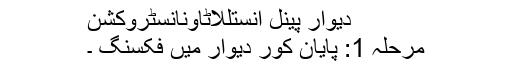
دیوار پینل انستللاٹاونانسٹروکشن
مرحلہ 1: پایان کور دیوار میں فکسنگ ۔